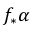
f _ { * } \alpha